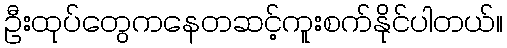
ဦးထုပ်တွေကနေတဆင့်ကူးစက်နိုင်ပါတယ်။